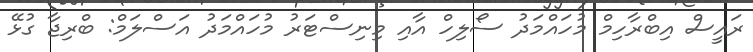
ރައީސް އިބްރާހިމް މުހައްމަދު ސޯލިހް އާއި މިނިސްޓަރު މުހައްމަދު އަސްލަމް: ބްރިޖާ ގުޅޭ